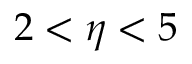
2 < \eta < 5